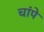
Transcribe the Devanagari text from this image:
चांपे